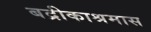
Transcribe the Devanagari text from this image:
बद्रीकाश्रमास